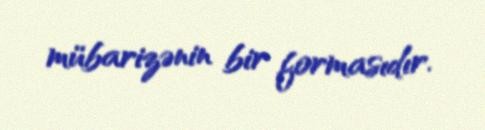
mübarizənin bir formasıdır.